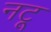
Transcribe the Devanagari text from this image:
नटू